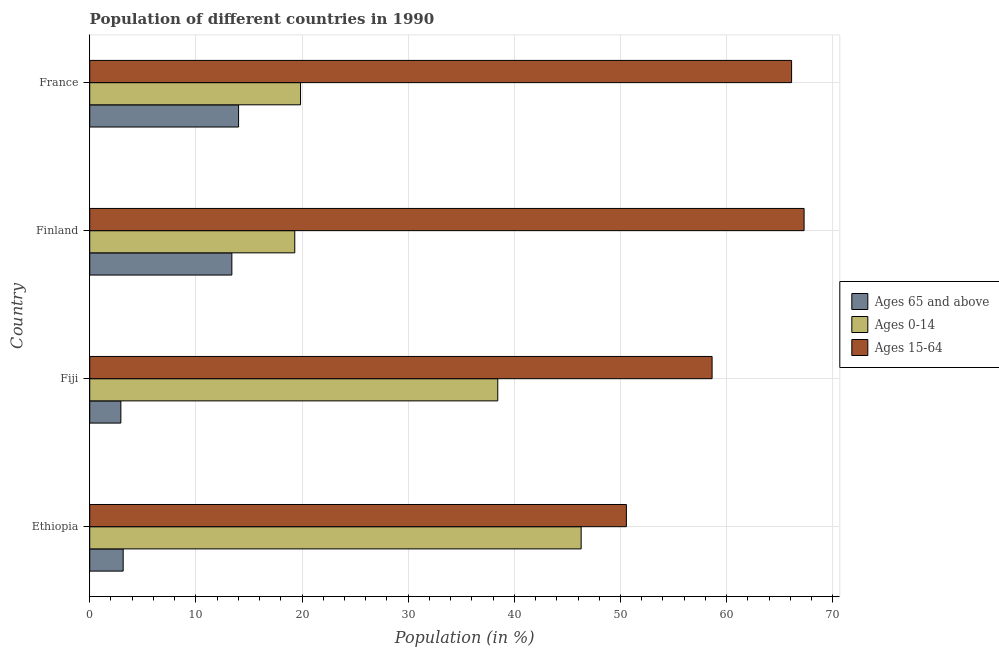
| Country | Ages 65 and above | Ages 0-14 | Ages 15-64 |
 | --- | --- | --- | --- |
 | Ethiopia | 3.15 | 46.3 | 50.6 |
 | Fiji | 2.93 | 38.4 | 58.6 |
 | Finland | 13.4 | 19.3 | 67.3 |
 | France | 14 | 19.9 | 66.1 |